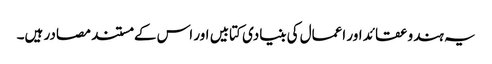
یہ ہندو عقائد اور اعمال کی بنیادی کتابیں اور اس کے مستند مصادر ہیں۔